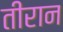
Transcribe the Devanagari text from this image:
तीरान